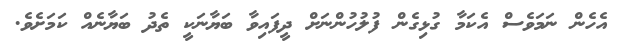
އެހެން ނަމަވެސް އެކަމާ ގުޅިގެން ފުލުހުންނަށް ދީފައިވާ ބަޔާނަކީ ތެދު ބަޔާނެއް ކަމަށެވެ.